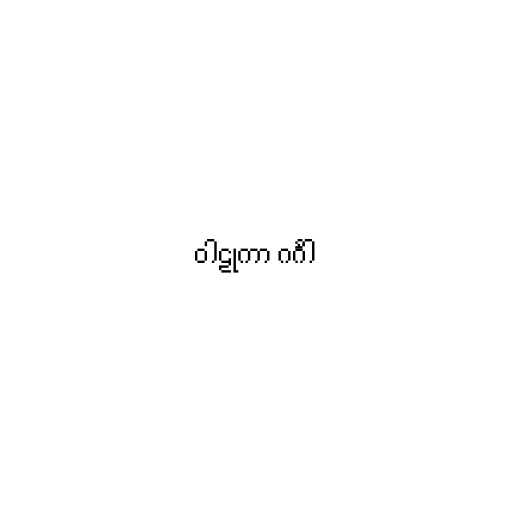
ဝါဠုကာ ဂင်္ဂါ